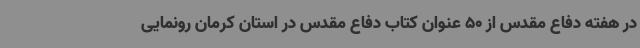
در هفته دفاع مقدس از 50 عنوان کتاب دفاع مقدس در استان کرمان رونمایی